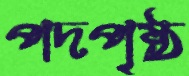
পদপৃষ্ঠ